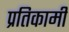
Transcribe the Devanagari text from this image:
प्रतिकामी